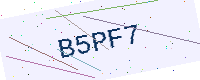
Text: B5PF7